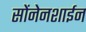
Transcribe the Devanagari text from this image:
सोंनेनशाईन